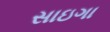
સાઇગા